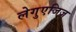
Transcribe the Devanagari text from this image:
लेगुएजिज